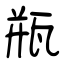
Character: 瓶